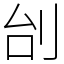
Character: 刣